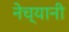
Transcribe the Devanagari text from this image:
नेच्यानी